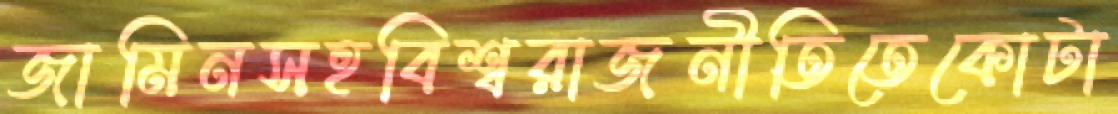
জামিনসহবিশ্বরাজনীতিতেকোটা